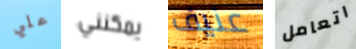
علي يمكنني عنيف اتعامل